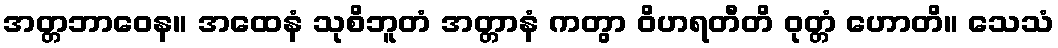
အတ္တဘာဝေန။ အထေနံ သုစိဘူတံ အတ္တာနံ ကတွာ ဝိဟရတီတိ ဝုတ္တံ ဟောတိ။ သေသံ